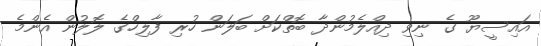
އައިސީޔޫ ގެ ނިވި ދިއްލެމުންދާ ބޮތްކަށް ބަލަން ހުރި ފާލިހްގެ ލޮލުން އެންމެ